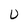
Character: U